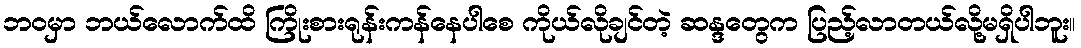
ဘဝမှာ ဘယ်လောက်ထိ ကြိုးစားရုန်းကန်နေပါစေ ကိုယ်လိုချင်တဲ့ ဆန္ဒတွေက ပြည့်လာတယ်လို့မရှိပါဘူး။